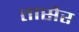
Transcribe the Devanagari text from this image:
तासेर